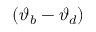
( \vartheta _ { b } - \vartheta _ { d } )